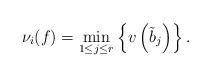
LaTeX: \begin{align*}\nu_i(f)=\min_{1\leq j\leq r}\left\{v\left(\tilde b_j\right)\right\}.\end{align*}